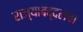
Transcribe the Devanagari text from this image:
राज्याबद्दलचा